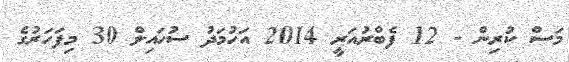
މަސް ކުރިން - 12 ފެބްރުއަރީ 2014 އަހުމަދު ސުހައިލް 30 މިފަހަރުގެ